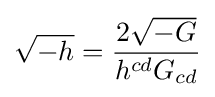
{\sqrt {-h}}={\frac {2{\sqrt {-G}}}{h^{cd}G_{cd}}}